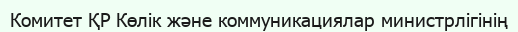
Комитет ҚР Көлік және коммуникациялар министрлігінің